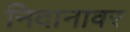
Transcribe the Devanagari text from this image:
निदानावर